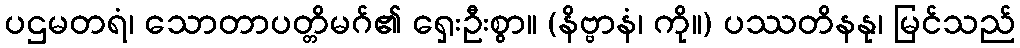
ပဌမတရံ၊ သောတာပတ္တိမဂ်၏ ရှေးဦးစွာ။ (နိဗ္ဗာနံ၊ ကို။) ပဿတိနနု၊ မြင်သည်